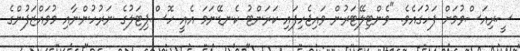
ސީރިއަސްވުމަށް ފަހުގައެވެ. "ވެންޓިލޭޓަރުން ވައިޖެހިފައި ކަރަންޓު ކެނޑޭނަމަ އެއީ ހޮސްޕިޓަލުގެ ނަރުހުންނާއި މުވައްޒަފުންގެ